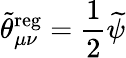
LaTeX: \widetilde{\theta}_{\mu\nu}^{\mathrm{reg}}=\frac 12\widetilde{\psi}